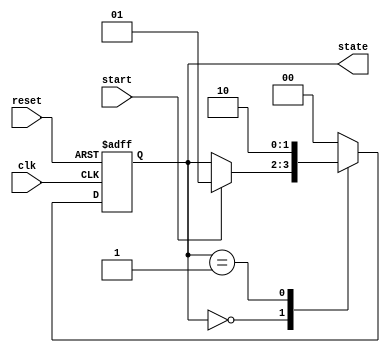
module fsm_example (
    input wire clk,        // Clock input
    input wire reset,      // Asynchronous reset
    input wire start,      // Start signal for FSM
    output reg [1:0] state // 2-bit state output
);

    // State encoding
    parameter IDLE = 2'b00;
    parameter STATE1 = 2'b01;
    parameter STATE2 = 2'b10;

    // Initial state
    initial begin
        state = IDLE;
    end

    // FSM logic using event control
    always @(posedge clk or posedge reset) begin
        if (reset) begin
            // Reset state to IDLE
            state <= IDLE;
        end else begin
            case (state)
                IDLE: begin
                    if (start) begin
                        state <= STATE1; // Transition to STATE1
                    end
                end
                
                STATE1: begin
                    // Perform some action or check condition
                    state <= STATE2; // Transition to STATE2
                end
                
                STATE2: begin
                    // Perform some action or check condition
                    state <= IDLE; // Transition back to IDLE
                end
                
                default: state <= IDLE; // Safety default
            endcase
        end
    end

endmodule